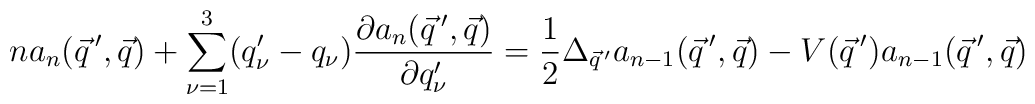
na_n(\vec q\,',\vec q) + \sum_{\nu=1}^3 (q'_{\nu}-q_{\nu})        \frac{\partial a_n(\vec q\,',\vec q)}{\partial q'_{\nu}}  = \frac{1}{2} \Delta_{\vec q\,'} a_{n-1}(\vec q\,',\vec q) -  V(\vec q\,')a_{n-1}(\vec q\,',\vec q)